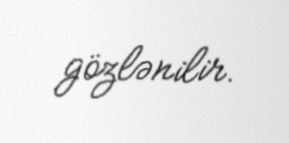
gözlənilir.